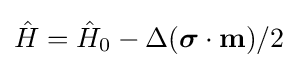
{\hat {H}}={\hat {H}}_{0}-\Delta ({\boldsymbol {\sigma }}\cdot \mathbf {m} )/2